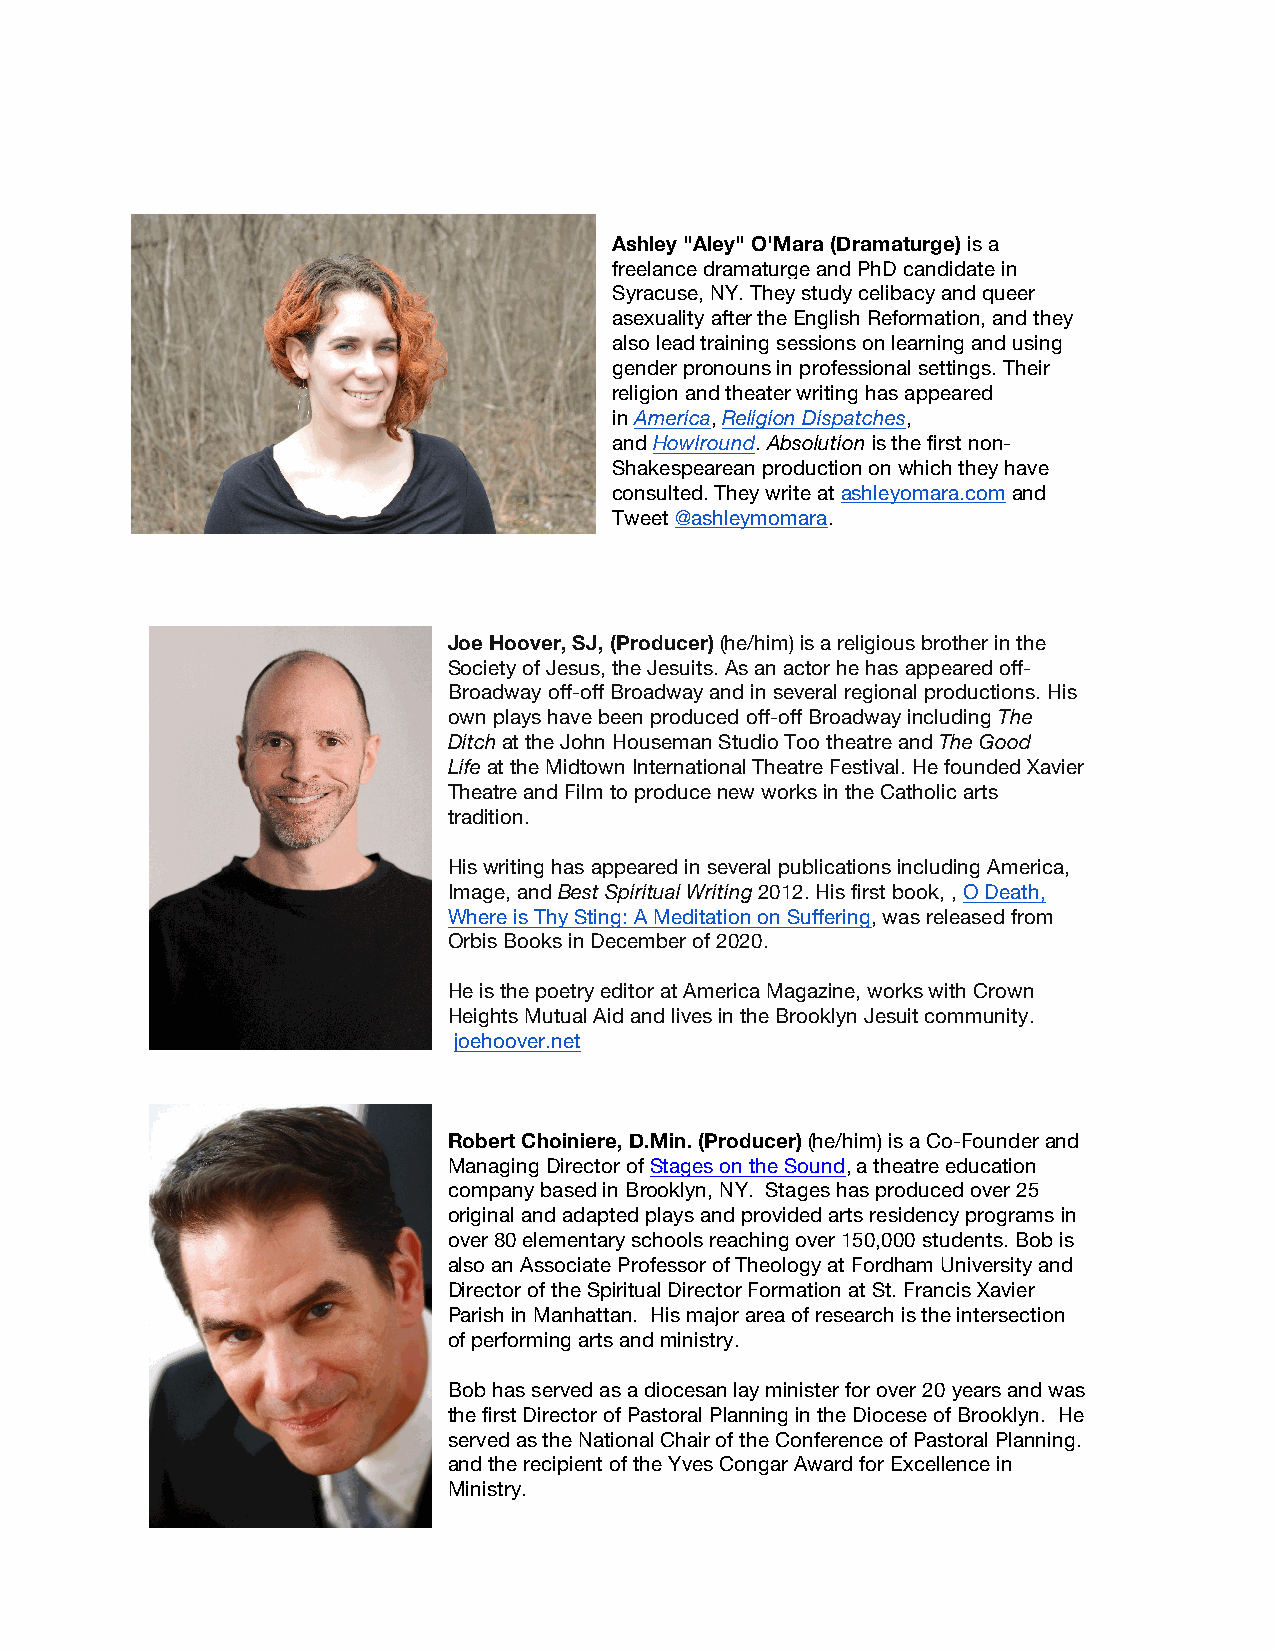
Ashley "Aley" O'Mara (Dramaturge) is a
 freelance dramaturge and PhD candidate in
 Syracuse, NY. They study celibacy and queer
 asexuality after the English Reformation, and they
 also lead training sessions on learning and using
 gender pronouns in professional settings. Their
 religion and theater writing has appeared
 in America, Religion Dispatches,
 and Howlround. Absolution is the first non-
 Shakespearean production on which they have
 consulted. They write at ashleyomara.com and
 Tweet @ashleymomara.
 Joe Hoover, SJ, (Producer) (he/him) is a religious brother in the
 Society of Jesus, the Jesuits. As an actor he has appeared off-
 Broadway off-off Broadway and in several regional productions. His
 own plays have been produced off-off Broadway including The
 Ditch at the John Houseman Studio Too theatre and The Good
 Life at the Midtown International Theatre Festival. He founded Xavier
 Theatre and Film to produce new works in the Catholic arts
 tradition.
 His writing has appeared in several publications including America,
 Image, and Best Spiritual Writing 2012. His first book, , O Death,
 Where is Thy Sting: A Meditation on Suffering, was released from
 Orbis Books in December of 2020.
 He is the poetry editor at America Magazine, works with Crown
 Heights Mutual Aid and lives in the Brooklyn Jesuit community.
 joehoover.net
 Robert Choiniere, D.Min. (Producer) (he/him) is a Co-Founder and
 Managing Director of Stages on the Sound, a theatre education
 company based in Brooklyn, NY. Stages has produced over 25
 original and adapted plays and provided arts residency programs in
 over 80 elementary schools reaching over 150,000 students. Bob is
 also an Associate Professor of Theology at Fordham University and
 Director of the Spiritual Director Formation at St. Francis Xavier
 Parish in Manhattan. His major area of research is the intersection
 of performing arts and ministry.
 Bob has served as a diocesan lay minister for over 20 years and was
 the first Director of Pastoral Planning in the Diocese of Brooklyn. He
 served as the National Chair of the Conference of Pastoral Planning.
 and the recipient of the Yves Congar Award for Excellence in
 Ministry.